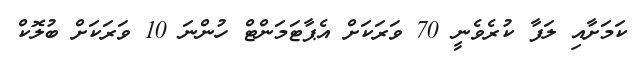
ކަމަށާއި ލަފާ ކުރެވެނީ 70 ވަރަކަށް އެޕާޓަމަންޓް ހުންނަ 10 ވަރަކަށް ބުލޮކް